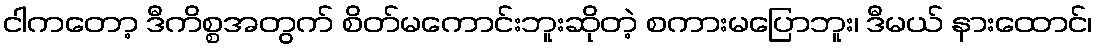
ငါကတော့ ဒီကိစ္စအတွက် စိတ်မကောင်းဘူးဆိုတဲ့ စကားမပြောဘူး၊ ဒီမယ် နားထောင်၊